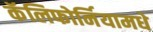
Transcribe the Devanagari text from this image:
कॅलिफोर्नियामधे